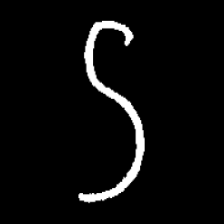
Pyu character \u2014 Myanmar letter: ဌ (romanized: ttha)